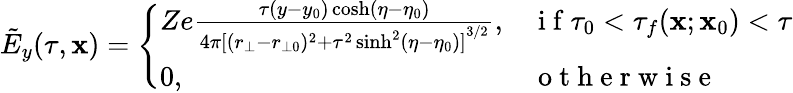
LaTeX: \tilde{E}_{y}(\tau,\mathbf{x})=\left\{ \begin{array}{ll}{Ze\frac{\tau(y-y_{0})\cosh(\eta-\eta_{0})}{4\pi{[(r_{\bot}-r_{\bot 0})^{2}+\tau^{2}\sinh^{2}(\eta-\eta_{0})]}^{3/2}},}&{\mathrm{~i~f~}\tau_{0}<\tau_{f}(\mathbf{x};\mathbf{x}_{0})<\tau}\\ {0,}&{\mathrm{~o~t~h~e~r~w~i~s~e~}}\end{array}\right.